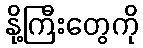
နို့ကြီးတွေကို